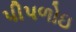
પીપળોઇ